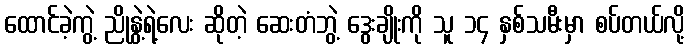
ထောင်ခဲ့ကွဲ့ ညိုနွဲ့ရဲ့လေး ဆိုတဲ့ ဆေးတံဘွဲ့ ဒွေးချိုးကို သူ ၁၄ နှစ်သမီးမှာ စပ်တယ်လို့